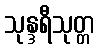
သုန္ဒရီသုတ္တ